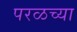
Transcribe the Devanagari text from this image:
परळच्या